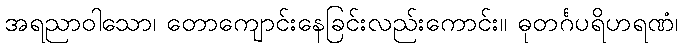
အရညာဝါသော၊ တောကျောင်းနေခြင်းလည်းကောင်း။ ဓုတင်္ဂပရိဟရဏံ၊